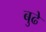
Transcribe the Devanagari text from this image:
बुढे